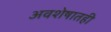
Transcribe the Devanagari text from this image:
अवशेषातही